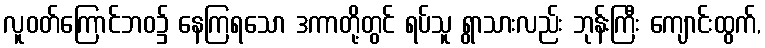
လူဝတ်ကြောင်ဘဝ၌ နေကြရသော ဒကာတို့တွင် ရပ်သူ ရွာသားလည်း ဘုန်းကြီး ကျောင်းထွက်,